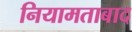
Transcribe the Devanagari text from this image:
नियामताबाद